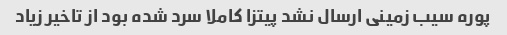
پوره سیب زمینی ارسال نشد پیتزا کاملا سرد شده بود از تاخیر زیاد